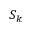
S _ { k }